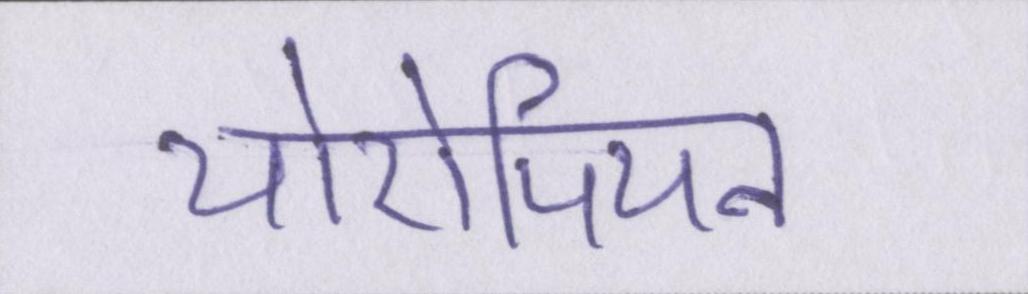
योरोपियन